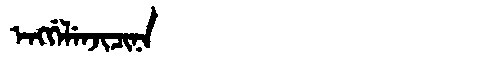
Manchu: ᡝᠩᡤᡝᠯᡝᠨᠵᡳᠴᡳᠨᠠ
Romanization: ENGGELENJICINA